Report on horse surra - Volume II, Part II
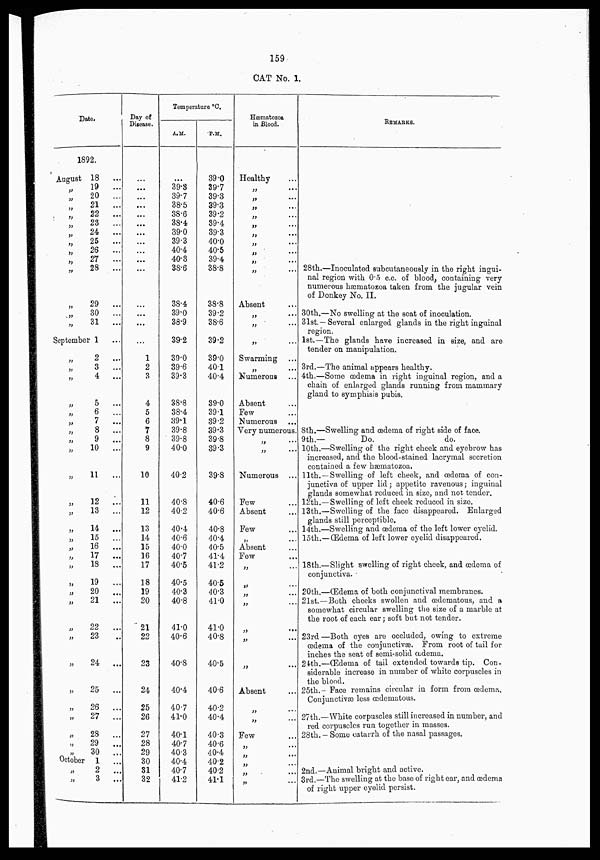
159
CAT No . 1.
Date.
1892.
August
„
„
„
„
„
„
„
„
„
„
„
„
„
18
...
19
...
20
...
21
...
22
...
23
...
24
...
.
25
...
26
...
27
...
28
...
29
...
30
...
31
...
September 1 ...
„
„
„
„
„
„
„
„
„
„
„
„
„
„
„
„
„
„
„
„
„
„
„
„
„
„
„
„
„
October
„
„
2
...
3
...
4
...
5
...
6
...
7
...
8
...
9
...
10
...
11
...
12
...
13
...
14
...
15
...
16
...
17
...
18
...
19
...
20
...
21
...
22
...
23
...
24
...
25
...
26
.,.
27
...
28
...
29
...
30
...
1
...
2
...
3
...
Day of
Disease.
...
...
...
...
...
...
...
...
...
...
...
...
...
1
2
3
4
5
6
7
8
9
10
11
12
13
14
15
16
17
18
19
20
21
22
23
24
25
26
27
28
29
30
31
32
Temperature °C.
A.M.
...
39.3
39.7
38.5
38.6
38.4
39.0
39.3
40.4
40.3
38.6
38.4
39.0
38.9
39.2
39.0
39.6
39.3
38.8
38.4
39.1
39.8
39.8
40.0
40.2
40.8
40.2
40.4
40.6
40.0
40.7
40.5
40.5
40.3
40.8
41.0
40.6
40.8
40.4
40.7
41.0
40.1
40.7
40.3
40.4
40.7
41.2
P.M.
39.0
39.7
39.3
39.3
39.2
39.4
39.3
40.0
40.5
39.4
38.8
38.8
39.2
38.6
39.2
39.0
40.1
40.4
39.0
39.1
39.2
39.3
39.8
39.3
39.8
40.6
40.6
40.8
40.4
40.5
41.4
41.2
40.5
40.3
41.0
41.0
40.8
40.5
40.6
40.2
40.4
40.3
40.6
40.4
40.2
40.2
41.1
Hæmatozoa
in Blood.
Healthy ...
„ ...
„
...
„
...
„
...
„
...
„
...
„
...
„
...
„
...
„
...
Absent ...
„
...
„
...
„ ....
Swarming ...
„
...
Numerous ...
Absent ...
Few ...
Numerous ...
Very numerous.
„
...
„
...
Numerous ...
Few ...
Absent ...
Few ...
„ ...
Absent ...
Few ...
„ ...
„
...
„
...
„ ...
„ ...
„ ...
„
...
Absent ...
„ ...
„ ...
Few ...
„
...
„ ...
„
...
„ ...
„ ...
REMARKS.
28th.—Inoculated subcutaneously in the right ingui-
nal region with 0.5 c.c. of blood, containing very
numerous hæmatozoa taken from the jugular vein
of Donkey No. II.
30th.—No swelling at the seat of inoculation.
31st.—Several enlarged glands in the right inguinal
region.
1st.—The glands have increased in size, and are
tender on manipulation.
3rd.—The animal appears healthy.
4th.—Some œdema in right inguinal region, and a
chain of enlarged glands running from mammary
gland to symphisis pubis.
8th.—Swelling and œdema of right side of face.
9th.—
Do.
do.
10th.—Swelling of the right cheek and eyebrow has
increased, and the blood-stained lacrymal secretion
contained a few hæmatozoa.
11th.—Swelling of left cheek, and œdema of con-
junctiva of upper lid ; appetite ravenous; inguinal
glands somewhat reduced in size, and not tender.
12th.—Swelling of left cheek reduced in size.
13th.—Swelling of the face disappeared. Enlarged
glands still perceptible.
14th.—Swelling and œdema of the left lower eyelid.
15th.—Œdema of left lower eyelid disappeared.
18th.—Slight swelling of right cheek, and œdema of
conjunctiva.
20th.—Œdema of both conjunctival membranes.
21st.—Both cheeks swollen and œdematous, and a
somewhat circular swelling the size of a marble at
the root of each ear ; soft but not tender.
23rd—Both eyes are occluded, owing to extreme
œdema of the conjunctivæ. From root of tail for
inches the seat of semi-solid œdema.
24th.—Œdema of tail extended towards tip. Con-
siderable increase in number of white corpuscles in
the blood.
25th.—Face remains circular in form from œdema.
Conjunctivæ less œdematous.
27th.—White corpuscles still increased in number, and
red corpuscles run together in masses.
28th. — Some catarrh of the nasal passages.
2nd.—Animal bright and active.
3rd.—The swelling at the base of right ear, and œdema
of right upper eyelid persist.